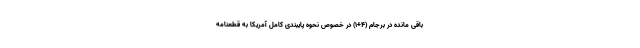
باقی مانده در برجام (۴+۱) در خصوص نحوه پایبندی کامل آمریکا به قطعنامه